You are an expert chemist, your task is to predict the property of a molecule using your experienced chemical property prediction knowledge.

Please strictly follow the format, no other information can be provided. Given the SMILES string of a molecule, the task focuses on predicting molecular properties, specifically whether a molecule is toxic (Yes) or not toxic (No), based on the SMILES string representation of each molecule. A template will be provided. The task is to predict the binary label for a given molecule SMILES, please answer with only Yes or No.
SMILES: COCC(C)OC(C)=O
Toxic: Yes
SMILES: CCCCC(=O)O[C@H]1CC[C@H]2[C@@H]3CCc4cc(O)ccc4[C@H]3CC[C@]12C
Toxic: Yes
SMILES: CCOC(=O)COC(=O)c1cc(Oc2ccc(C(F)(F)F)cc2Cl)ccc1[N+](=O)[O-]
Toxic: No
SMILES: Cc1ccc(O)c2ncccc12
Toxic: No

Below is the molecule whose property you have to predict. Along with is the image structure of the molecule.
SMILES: NS(=O)(=O)c1ccccc1Cl
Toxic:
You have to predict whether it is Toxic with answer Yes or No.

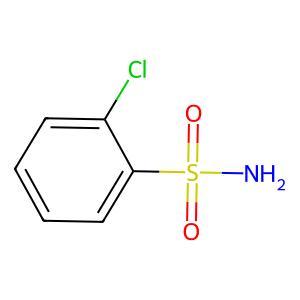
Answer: No